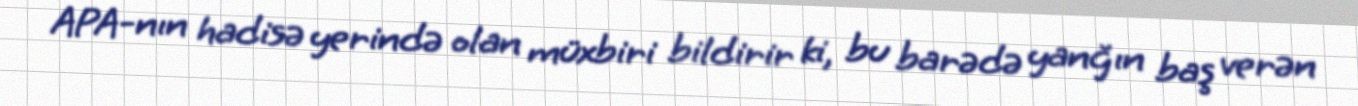
APA-nın hadisə yerində olan müxbiri bildirir ki, bu barədə yanğın baş verən